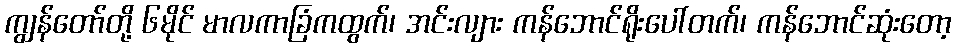
ကျွန်တော်တို့ ၆မိုင် မာလကာခြံကထွက်၊ အင်းလျား ကန်ဘောင်ရိုးပေါ်တက်၊ ကန်ဘောင်ဆုံးတော့